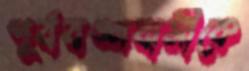
পূর্ববঙ্গবাসীকে